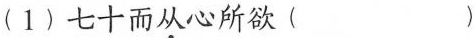
(1)七十而从心所欲（）